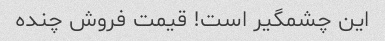
این چشمگیر است! قیمت فروش چنده